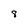
Character: 8